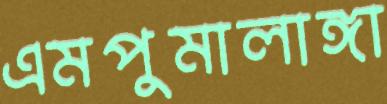
এমপুমালাঙ্গা